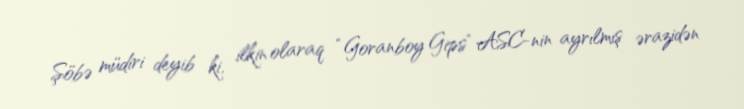
Şöbə müdiri deyib ki, ilkin olaraq “Goranboy Gips” ASC-nin ayrılmış ərazidən